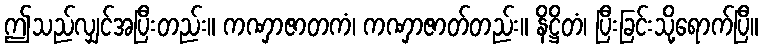
ဤသည်လျှင်အပြီးတည်း။ ကဏှာဇာတကံ၊ ကဏှာဇာတ်တည်း။ နိဋ္ဌိတံ၊ ပြီးခြင်းသို့ရောက်ပြီ။